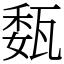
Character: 瓾